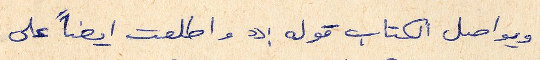
ويواصل الكتاب قوله:" واطلعت ايضا على